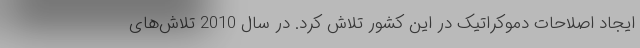
ایجاد اصلاحات دموکراتیک در این کشور تلاش کرد. در سال 2010 تلاش‌های